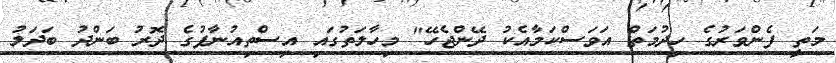
މަތީ ފެންވަރުގެ ހިދުމަތް އަވަސްކަމާއެކު ދޭންޖެހޭ" މިހާލަތުގައި އިސްތިއުނާފުގެ ދޮރު ބަންދު ބަދަލު